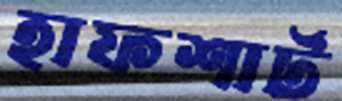
হাফশার্ট